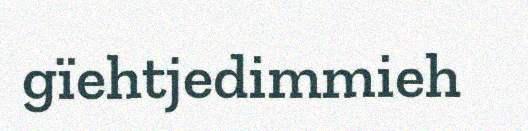
gïehtjedimmieh